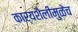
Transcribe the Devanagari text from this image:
कार्यशैलीमुळेच